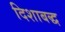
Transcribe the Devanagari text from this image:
दिशाबद्ध